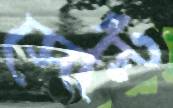
সোল্ট